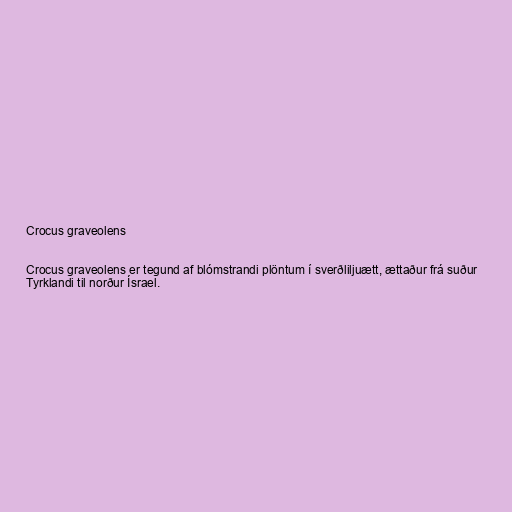
Crocus graveolens

Crocus graveolens er tegund af blómstrandi plöntum í sverðliljuætt, ættaður frá suður
Tyrklandi til norður Ísrael.